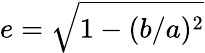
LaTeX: e={\sqrt{1-(b/a)^{2}}}